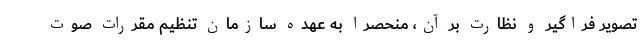
تصویر فراگیر و نظارت بر آن، منحصرا به عهده سازمان تنظیم مقررات صوت